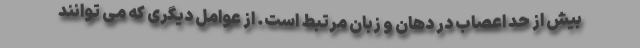
بیش از حد اعصاب در دهان و زبان مرتبط است. از عوامل دیگری که می توانند